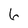
Character: 6